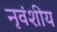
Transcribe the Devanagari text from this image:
नृवंशीय